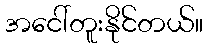
အငေါ်တူးနိုင်တယ်။